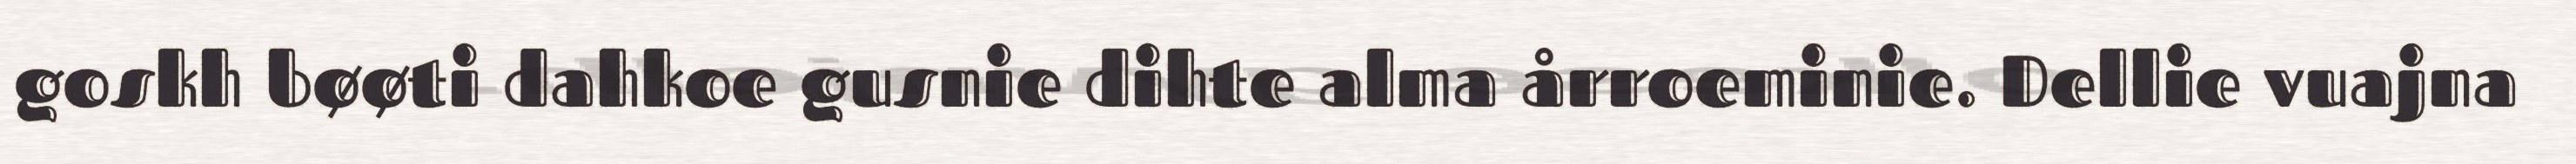
goskh bøøti dahkoe gusnie dihte alma årroeminie. Dellie vuajna